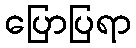
ပြောပြရာ